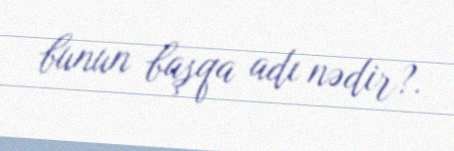
bunun başqa adı nədir?.